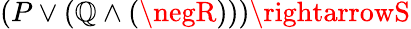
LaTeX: (P\vee(\mathbb{Q}\wedge(\negR)))\rightarrowS